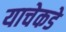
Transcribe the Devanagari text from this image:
याचेकडे